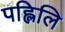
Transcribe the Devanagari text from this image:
पह्लिलि